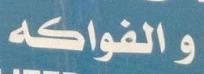
و